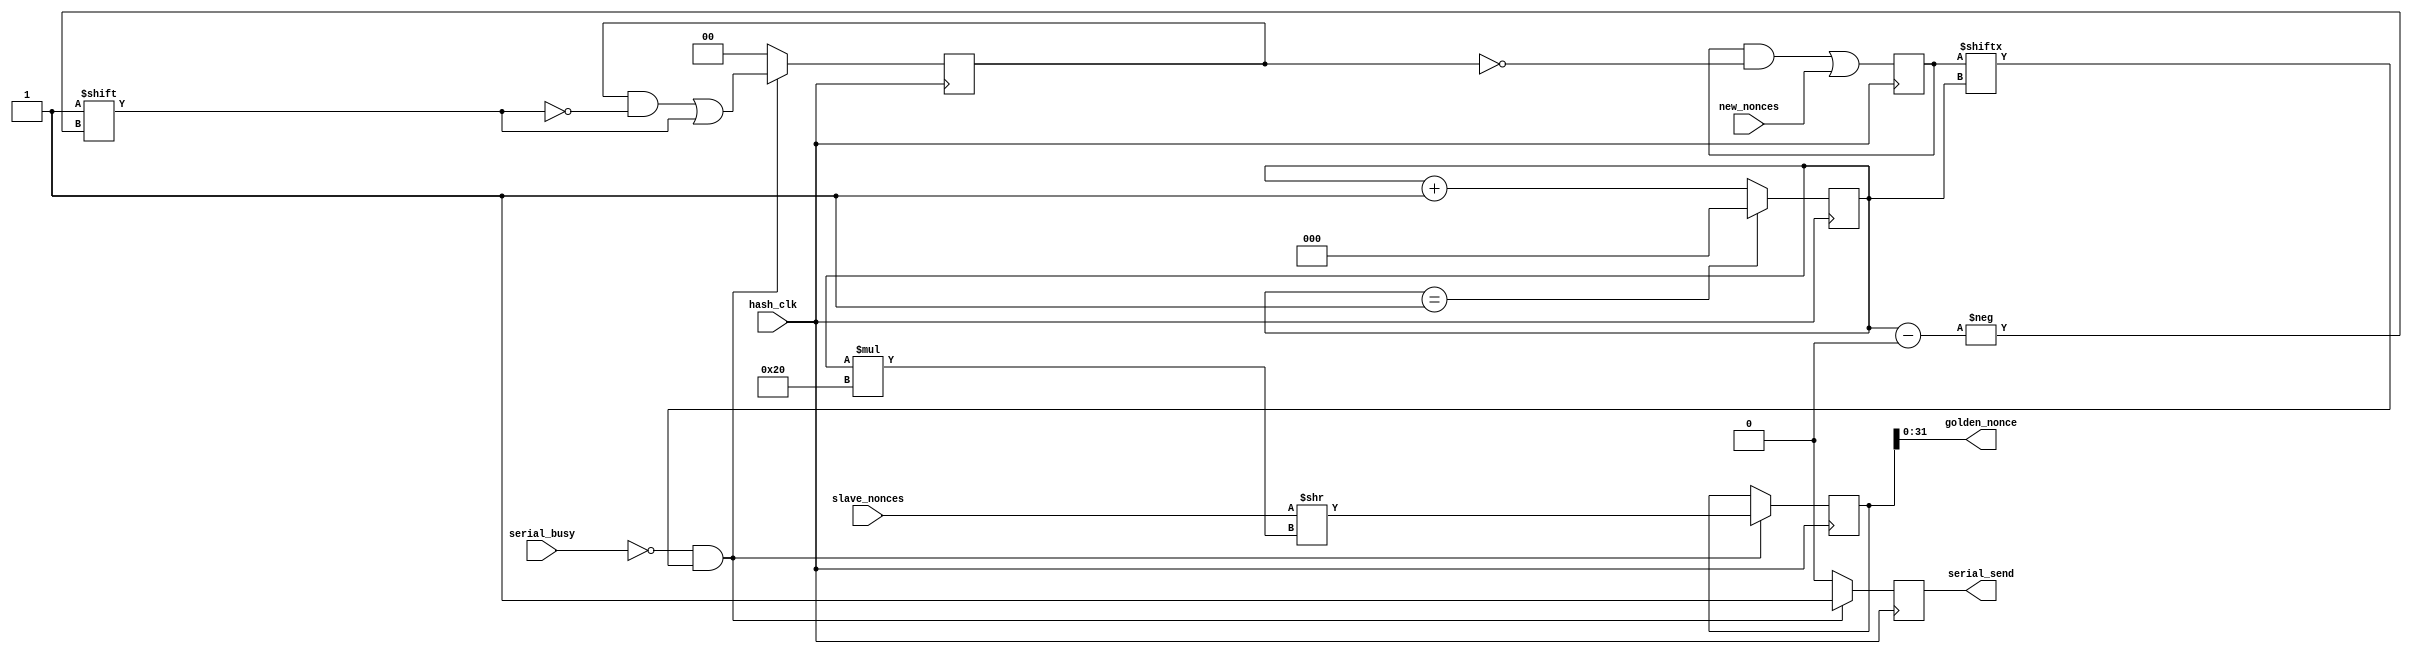
module hub_core (hash_clk, new_nonces, golden_nonce, serial_send, serial_busy, slave_nonces);
   parameter SLAVES = 2;
   input hash_clk;
   input [SLAVES-1:0] new_nonces;
   input [SLAVES*32-1:0] slave_nonces;
   output [31:0] 	 golden_nonce;
   output 		 serial_send;
   input 		 serial_busy;
   reg 			 serial_send_reg;
   assign serial_send = serial_send_reg;
   reg [SLAVES-1:0] 	new_nonces_flag = 0;
   reg [$clog2(SLAVES)+1:0] port_counter = 0;
   reg [SLAVES*32-1:0] 	    slave_nonces_shifted;
   assign golden_nonce = slave_nonces_shifted[31:0];
   reg [SLAVES-1:0] 	    clear_nonces;
   always @(posedge hash_clk)
     begin
	new_nonces_flag <= (new_nonces_flag & ~clear_nonces) | new_nonces;
	if (port_counter == SLAVES-1)
	  port_counter <= 0;
	else
	  port_counter <= port_counter + 1;
	if (!serial_busy && new_nonces_flag[port_counter])
	  begin
	     slave_nonces_shifted <= slave_nonces >> port_counter*32;
	     serial_send_reg <= 1;
	     clear_nonces[port_counter] <= 1;
	  end
	else 
	  begin
	     serial_send_reg <= 0;
	     clear_nonces <= 0;
	  end
     end
endmodule